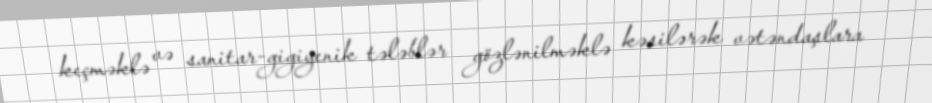
keçməklə və sanitar-gigiyenik tələblər gözlənilməklə kəsilərək vətəndaşlara